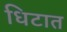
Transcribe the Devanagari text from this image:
धिटात